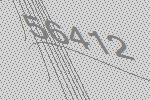
56412